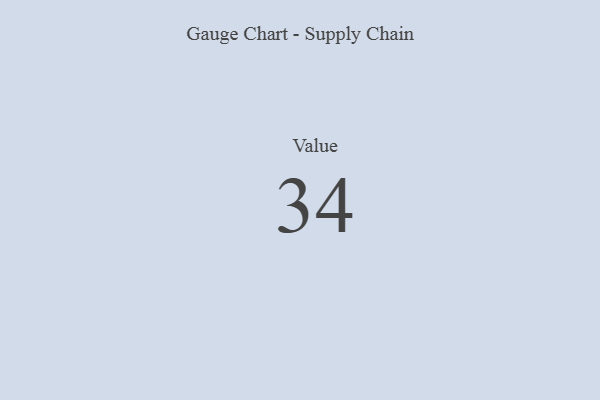
{"axis": {"x": "Metric", "y": "Value"}, "legend": [""], "data": [{"x": "Value", "y": 34, "type": ""}]}